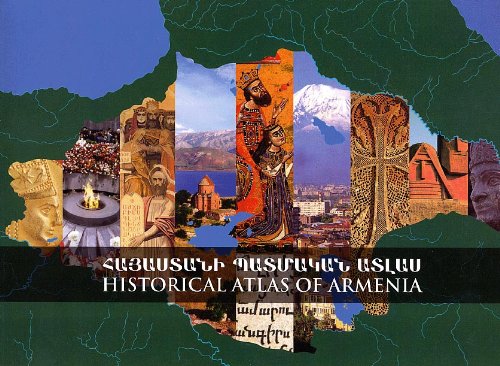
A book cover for Historical Atlas of Armenia; Travel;